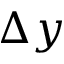
\Delta y